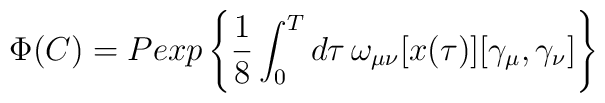
\Phi(C)= Pexp\left\{\frac{1}{8}\int_0^T d\tau\,\omega_{\mu\nu}[x(\tau)][\gamma_\mu,\gamma_\nu]\right\}